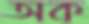
অক